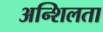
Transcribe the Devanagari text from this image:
अन्शिलता